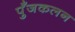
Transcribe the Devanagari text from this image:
पुँजकलन